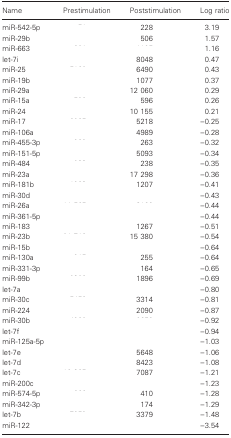
<table><thead><tr><td><b>Name</b></td><td><b>Prestimulation</b></td><td><b>Poststimulation</b></td><td><b>Log ratio</b></td></tr></thead><tbody><tr><td>miR-542-5p</td><td>[EMPTY_CELL]</td><td>228</td><td>3.19</td></tr><tr><td>miR-29b</td><td>[EMPTY_CELL]</td><td>506</td><td>1.57</td></tr><tr><td>miR-663</td><td>[EMPTY_CELL]</td><td>[EMPTY_CELL]</td><td>1.16</td></tr><tr><td>let-7i</td><td>[EMPTY_CELL]</td><td>8048</td><td>0.47</td></tr><tr><td>miR-25</td><td>[EMPTY_CELL]</td><td>6490</td><td>0.43</td></tr><tr><td>miR-19b</td><td>[EMPTY_CELL]</td><td>1077</td><td>0.37</td></tr><tr><td>miR-29a</td><td>[EMPTY_CELL]</td><td>12 060</td><td>0.29</td></tr><tr><td>miR-15a</td><td>[EMPTY_CELL]</td><td>596</td><td>0.26</td></tr><tr><td>miR-24</td><td>[EMPTY_CELL]</td><td>10 155</td><td>0.21</td></tr><tr><td>miR-17</td><td>[EMPTY_CELL]</td><td>5218</td><td>−0.25</td></tr><tr><td>miR-106a</td><td>[EMPTY_CELL]</td><td>4989</td><td>−0.28</td></tr><tr><td>miR-455-3p</td><td>[EMPTY_CELL]</td><td>263</td><td>−0.32</td></tr><tr><td>miR-151-5p</td><td>[EMPTY_CELL]</td><td>5093</td><td>−0.34</td></tr><tr><td>miR-484</td><td>[EMPTY_CELL]</td><td>238</td><td>−0.35</td></tr><tr><td>miR-23a</td><td>[EMPTY_CELL]</td><td>17 298</td><td>−0.36</td></tr><tr><td>miR-181b</td><td>[EMPTY_CELL]</td><td>1207</td><td>−0.41</td></tr><tr><td>miR-30d</td><td>[EMPTY_CELL]</td><td>[EMPTY_CELL]</td><td>−0.43</td></tr><tr><td>miR-26a</td><td>[EMPTY_CELL]</td><td>[EMPTY_CELL]</td><td>−0.44</td></tr><tr><td>miR-361-5p</td><td>[EMPTY_CELL]</td><td>[EMPTY_CELL]</td><td>−0.44</td></tr><tr><td>miR-183</td><td>[EMPTY_CELL]</td><td>1267</td><td>−0.51</td></tr><tr><td>miR-23b</td><td>[EMPTY_CELL]</td><td>15 380</td><td>−0.54</td></tr><tr><td>miR-15b</td><td>[EMPTY_CELL]</td><td>[EMPTY_CELL]</td><td>−0.64</td></tr><tr><td>miR-130a</td><td>[EMPTY_CELL]</td><td>255</td><td>−0.64</td></tr><tr><td>miR-331-3p</td><td>[EMPTY_CELL]</td><td>164</td><td>−0.65</td></tr><tr><td>miR-99b</td><td>[EMPTY_CELL]</td><td>1896</td><td>−0.69</td></tr><tr><td>let-7a</td><td>[EMPTY_CELL]</td><td>[EMPTY_CELL]</td><td>−0.80</td></tr><tr><td>miR-30c</td><td>[EMPTY_CELL]</td><td>3314</td><td>−0.81</td></tr><tr><td>miR-224</td><td>[EMPTY_CELL]</td><td>2090</td><td>−0.87</td></tr><tr><td>miR-30b</td><td>[EMPTY_CELL]</td><td>[EMPTY_CELL]</td><td>−0.92</td></tr><tr><td>let-7f</td><td>[EMPTY_CELL]</td><td>[EMPTY_CELL]</td><td>−0.94</td></tr><tr><td>miR-125a-5p</td><td>[EMPTY_CELL]</td><td>[EMPTY_CELL]</td><td>−1.03</td></tr><tr><td>let-7e</td><td>[EMPTY_CELL]</td><td>5648</td><td>−1.06</td></tr><tr><td>let-7d</td><td>[EMPTY_CELL]</td><td>8423</td><td>−1.08</td></tr><tr><td>let-7c</td><td>[EMPTY_CELL]</td><td>7087</td><td>−1.21</td></tr><tr><td>miR-200c</td><td>[EMPTY_CELL]</td><td>[EMPTY_CELL]</td><td>−1.23</td></tr><tr><td>miR-574-5p</td><td>[EMPTY_CELL]</td><td>410</td><td>−1.28</td></tr><tr><td>miR-342-3p</td><td>[EMPTY_CELL]</td><td>174</td><td>−1.29</td></tr><tr><td>let-7b</td><td>[EMPTY_CELL]</td><td>3379</td><td>−1.48</td></tr><tr><td>miR-122</td><td>[EMPTY_CELL]</td><td>[EMPTY_CELL]</td><td>−3.54</td></tr></tbody></table>